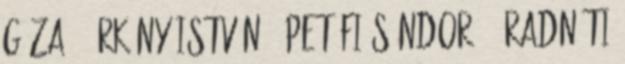
Géza 1 Örkény István 5 Petőfi Sándor 42 Radnóti